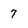
Character: 7